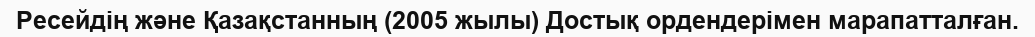
Ресейдің және Қазақстанның (2005 жылы) Достық ордендерімен марапатталған.